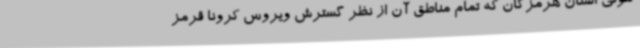
کنونی استان هرمزگان که تمام مناطق آن از نظر گسترش ویروس کرونا قرمز